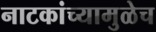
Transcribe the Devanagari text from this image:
नाटकांच्यामुळेच